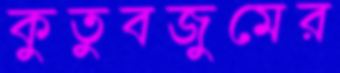
কুতুবজুমের